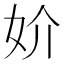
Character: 妎